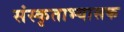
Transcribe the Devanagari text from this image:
संस्कृताभ्यासक